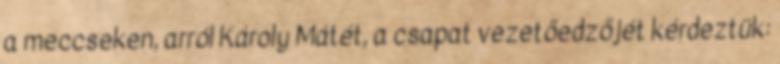
a meccseken, arról Károly Mátét, a csapat vezetőedzőjét kérdeztük: